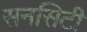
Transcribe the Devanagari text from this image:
सनसिटी